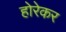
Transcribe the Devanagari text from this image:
होरेकर